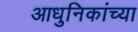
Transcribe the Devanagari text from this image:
आधुनिकांच्या